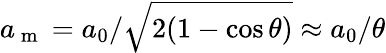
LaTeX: a_{\mathrm{~m~}}=a_{0}/\sqrt{2(1-\cos\theta)}\approx a_{0}/\theta